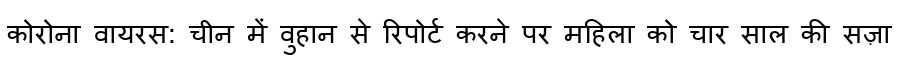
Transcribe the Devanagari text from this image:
कोरोना वायरस: चीन में वुहान से रिपोर्ट करने पर महिला को चार साल की सज़ा